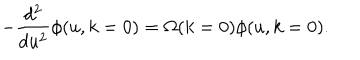
- \frac { d ^ { 2 } } { d u ^ { 2 } } \phi ( u , k = 0 ) = \Omega ( k = 0 ) \phi ( u , k = 0 ) .